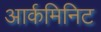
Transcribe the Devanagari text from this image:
आर्कमिनिट